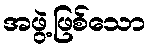
အဖွဲ့ဖြစ်သော